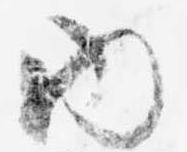
内